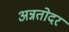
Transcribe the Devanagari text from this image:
अन्नतोदर